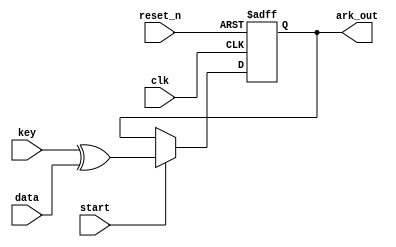
`timescale 1ns / 1ps
//////////////////////////////////////////////////////////////////////////////////
// Company: 
// Engineer: 
// 
// Design Name: 
// Module Name: add_round_key
// Project Name: 
// Target Devices: 
// Tool Versions: 
// Description: 
// 
// Dependencies: 
// 
// Revision:
// Revision 0.01 - File Created
// Additional Comments:
// 
//////////////////////////////////////////////////////////////////////////////////


module add_round_key(
    input clk, reset_n, start,
    input [127 : 0] data, key,
    output [127 : 0] ark_out
    );
    
    reg [127 : 0] Q_reg, Q_next;
    always@(posedge clk, negedge reset_n)begin
        if(~reset_n) begin
            Q_reg <= 128'b0;
        end
        else begin
            Q_reg <= Q_next;
        end
    end
    
    always@(*)begin
        Q_next = Q_reg;
        if(~start)begin
            Q_next = Q_reg;
        end
        else begin
            Q_next = key ^ data;
        end
    end
    
    assign ark_out = Q_reg; 
endmodule